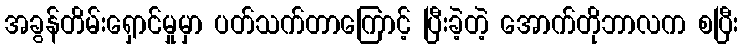
အခွန်တိမ်းရှောင်မှုမှာ ပတ်သက်တာကြောင့် ပြီးခဲ့တဲ့ အောက်တိုဘာလက စပြီး